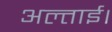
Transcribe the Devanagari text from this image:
अल्ताई।